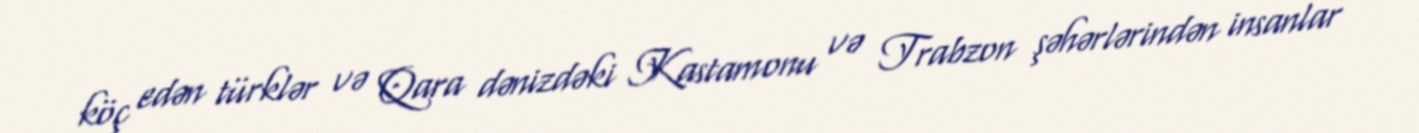
köç edən türklər və Qara dənizdəki Kastamonu və Trabzon şəhərlərindən insanlar